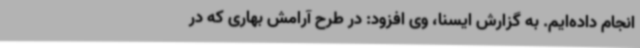
انجام داده‌ایم. به گزارش ایسنا، وی افزود: در طرح آرامش بهاری که در